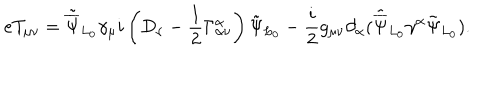
e T _ { \mu \nu } = { \tilde { \overline { { \Psi } } } _ { L _ { 0 } } } { \gamma _ { \mu } } i \left( D _ { \nu } - \frac { 1 } { 2 } \Gamma _ { \alpha \nu } ^ { \alpha } \right) { \tilde { \Psi } } _ { L _ { 0 } } - \frac { i } { 2 } g _ { \mu \nu } \partial _ { \alpha } ( { \tilde { \overline { { \Psi } } } } _ { L _ { 0 } } \gamma ^ { \alpha } { \tilde { \Psi } _ { L _ { 0 } } } ) . \nonumber \,